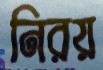
নিরয়